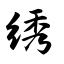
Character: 绣